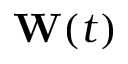
\mathbf { W } ( t )